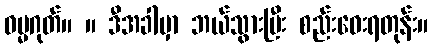
ဓမ္မဂုတ်။ ။ ဒီအခါမှာ ဘယ်သွားပြီး စည်းဝေးရတုန်း။